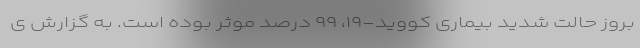
بروز حالت شدید بیماری کووید-۱۹، ۹۹ درصد موثر بوده است. به گزارش ی